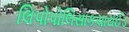
લિપોપોલિસાકચારાઈડ